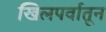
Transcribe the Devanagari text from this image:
खिलपर्वातून